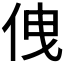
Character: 𠈐